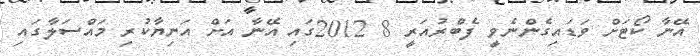
އޭނާ ކޯޓަށް ވަޑައިގެންނެވީ ފެބްރުއަރީ 8 2012ގައި އޭނާ އަށް އަނިޔާކުރި މައްސަލާގައި